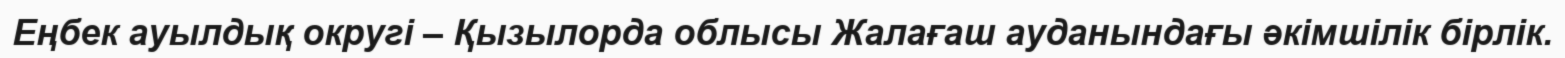
Еңбек ауылдық округі – Қызылорда облысы Жалағаш ауданындағы әкімшілік бірлік.